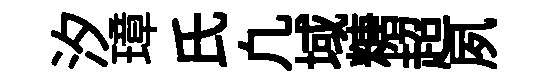
汐璋氏凢域糖超夙